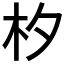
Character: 𣏐